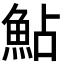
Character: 鮎